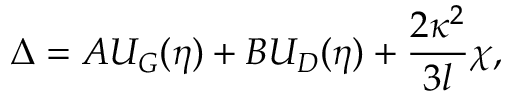
\Delta = A U _ { G } ( \eta ) + B U _ { D } ( \eta ) + \frac { 2 \kappa ^ { 2 } } { 3 l } \chi ,